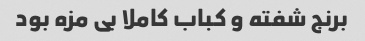
برنج شفته و کباب کاملا بی مزه بود